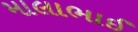
માલાભાઈ